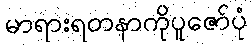
မာရားရတနာကိုပူဇော်ပုံ